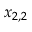
x _ { 2 , 2 }